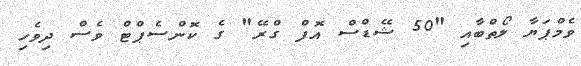
ވެމްޕަޔާ ލޯތްބާއި "50 ޝޭޑްސް އޮފް ގްރޭ" ގެ ކޮންސެޕްޓް ވެސް ދިވެހި